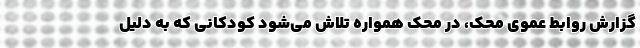
گزارش روابط عموی محک، در محک همواره تلاش می‌شود کودکانی که به دلیل